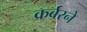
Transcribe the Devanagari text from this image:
कर्बरने